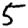
Digit: 5